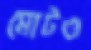
মোটও